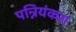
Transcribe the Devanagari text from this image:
पन्नियंकरा